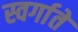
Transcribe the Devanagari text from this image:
स्वर्गाते